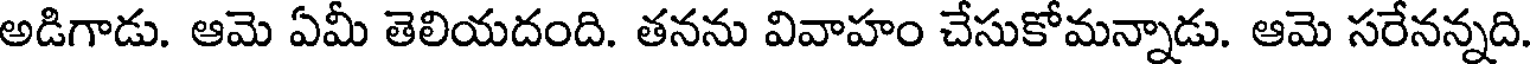
అడిగాడు. ఆమె ఏమీ తెలియదంది. తనను వివాహం చేసుకోమన్నాడు. ఆమె సరేనన్నది